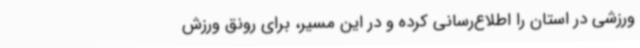
ورزشی در استان را اطلاع‌رسانی کرده و در این مسیر، برای رونق ورزش